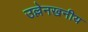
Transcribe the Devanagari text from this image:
उल्लेनखनीय